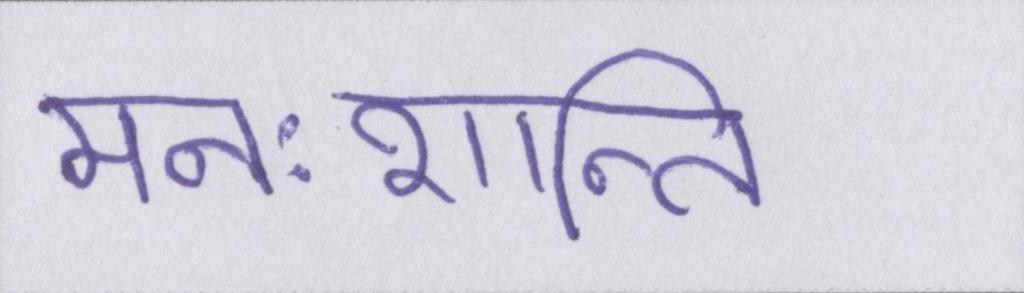
मनःशान्ति